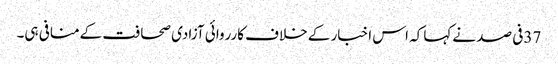
37فی صد نےکہا کہ اس اخبار کے خلاف کارروائی آزادی صحافت کےمنافی ہی۔